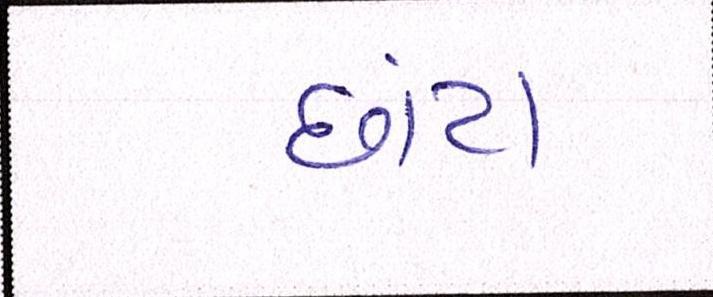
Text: છાંટા